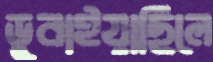
ডুবাইয়াছিলে